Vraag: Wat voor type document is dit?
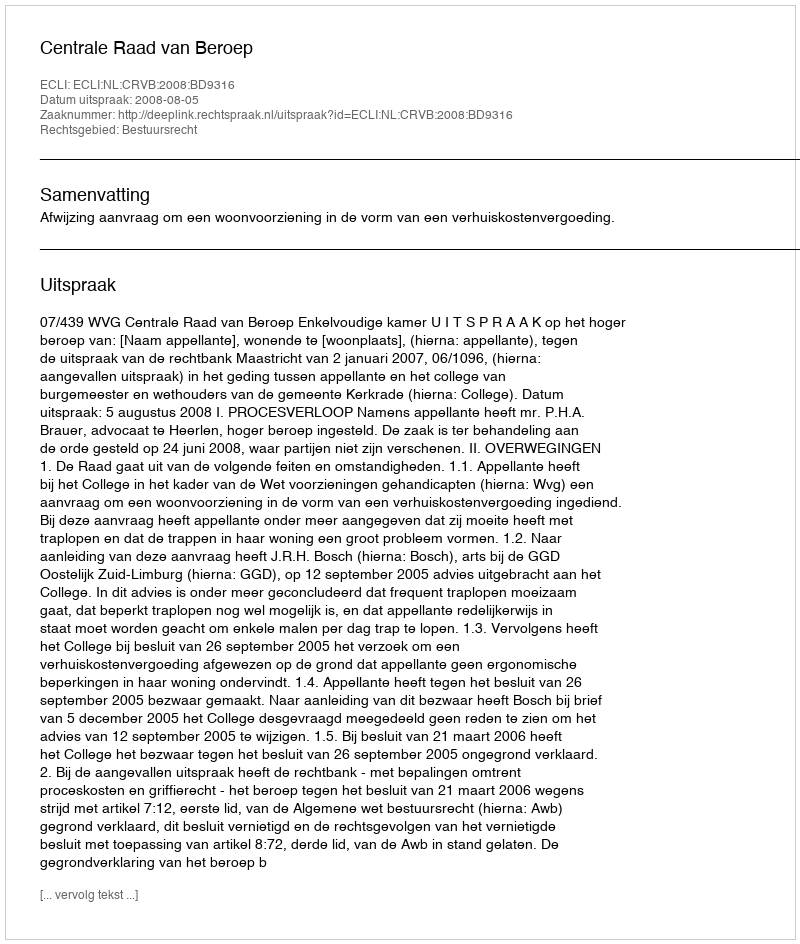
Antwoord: Uitspraak